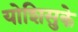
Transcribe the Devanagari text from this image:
योशिसुके